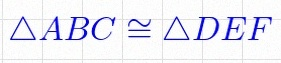
\triangle ABC\cong\triangle DEF